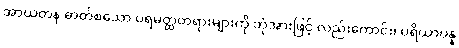
အာယတန ဓာတ်စသော ပရမတ္ထတရားများကို ဘုံအားဖြင့် လည်းကောင်း၊ ပရိယာပန္န